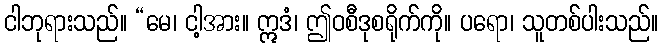
ငါဘုရားသည်။ “မေ၊ ငါ့အား။ ဣဒံ၊ ဤဝစီဒုစရိုက်ကို။ ပရော၊ သူတစ်ပါးသည်။